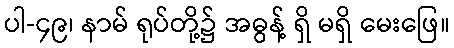
ပါ-၄၉၊ နာမ် ရုပ်တို့၌ အဓွန့် ရှိ မရှိ မေးဖြေ။